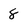
Character: 8